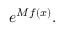
e ^ { M f ( x ) } .